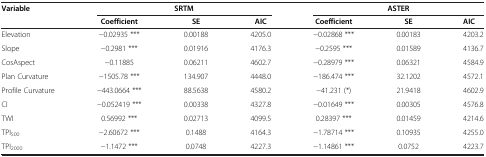
<table><thead><tr><td rowspan="2"><b>Variable</b></td><td colspan="3"><b>SRTM</b></td><td colspan="3"><b>ASTER</b></td></tr><tr><td><b>Coefficient</b></td><td><b>SE</b></td><td><b>AIC</b></td><td><b>Coefficient</b></td><td><b>SE</b></td><td><b>AIC</b></td></tr></thead><tbody><tr><td>Elevation</td><td>−0.02935 ***</td><td>0.00188</td><td>4205.0</td><td>−0.02868 ***</td><td>0.00183</td><td>4203.2</td></tr><tr><td>Slope</td><td>−0.2981 ***</td><td>0.01916</td><td>4176.3</td><td>−0.2595 ***</td><td>0.01589</td><td>4136.7</td></tr><tr><td>CosAspect</td><td>−0.11885</td><td>0.06211</td><td>4602.7</td><td>−0.28979 ***</td><td>0.06321</td><td>4584.9</td></tr><tr><td>Plan Curvature</td><td>−1505.78 ***</td><td>134.907</td><td>4448.0</td><td>−186.474 ***</td><td>32.1202</td><td>4572.1</td></tr><tr><td>Profile Curvature</td><td>−443.0664 ***</td><td>88.5638</td><td>4580.2</td><td>−41.231 (*)</td><td>21.9418</td><td>4602.9</td></tr><tr><td>CI</td><td>−0.052419 ***</td><td>0.00338</td><td>4327.8</td><td>−0.01649 ***</td><td>0.00305</td><td>4576.8</td></tr><tr><td>TWI</td><td>0.56992 ***</td><td>0.02713</td><td>4099.5</td><td>0.28397 ***</td><td>0.01459</td><td>4214.6</td></tr><tr><td>TPI<sub>500</sub></td><td>−2.60672 ***</td><td>0.1488</td><td>4164.3</td><td>−1.78714 ***</td><td>0.10935</td><td>4255.0</td></tr><tr><td>TPI<sub>2000</sub></td><td>−1.1472 ***</td><td>0.0748</td><td>4227.3</td><td>−1.14861 ***</td><td>0.0752</td><td>4223.7</td></tr></tbody></table>